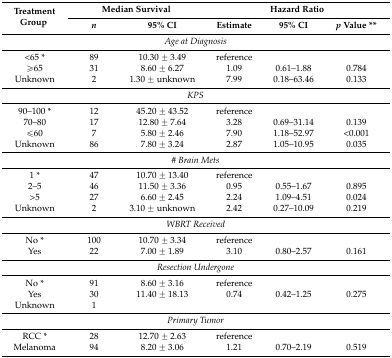
<table><thead><tr><td rowspan="2"><b>Treatment Group</b></td><td colspan="2"><b>Median Survival</b></td><td colspan="3"><b>Hazard Ratio</b></td></tr><tr><td><b><i>n</i></b></td><td><b>95% CI</b></td><td><b>Estimate</b></td><td><b>95% CI</b></td><td><b><i>p</i> Value **</b></td></tr></thead><tbody><tr><td colspan="6"><i>Age at Diagnosis</i></td></tr><tr><td>&lt;65 *</td><td>89</td><td>10.30 ± 3.49</td><td>reference</td><td></td><td></td></tr><tr><td>≥65</td><td>31</td><td>8.60 ± 6.27</td><td>1.09</td><td>0.61–1.88</td><td>0.784</td></tr><tr><td>Unknown</td><td>2</td><td>1.30 ± unknown</td><td>7.99</td><td>0.18–63.46</td><td>0.133</td></tr><tr><td colspan="6"><i>KPS</i></td></tr><tr><td>90–100 *</td><td>12</td><td>45.20 ± 43.52</td><td>reference</td><td></td><td></td></tr><tr><td>70–80</td><td>17</td><td>12.80 ± 7.64</td><td>3.28</td><td>0.69–31.14</td><td>0.139</td></tr><tr><td>≤60</td><td>7</td><td>5.80 ± 2.46</td><td>7.90</td><td>1.18–52.97</td><td>&lt;0.001</td></tr><tr><td>Unknown</td><td>86</td><td>7.80 ± 3.24</td><td>2.87</td><td>1.05–10.95</td><td>0.035</td></tr><tr><td colspan="6"><i># Brain Mets</i></td></tr><tr><td>1 *</td><td>47</td><td>10.70 ± 13.40</td><td>reference</td><td></td><td></td></tr><tr><td>2–5</td><td>46</td><td>11.50 ± 3.36</td><td>0.95</td><td>0.55–1.67</td><td>0.895</td></tr><tr><td>&gt;5</td><td>27</td><td>6.60 ± 2.45</td><td>2.24</td><td>1.09–4.51</td><td>0.024</td></tr><tr><td>Unknown</td><td>2</td><td>3.10 ± unknown</td><td>2.42</td><td>0.27–10.09</td><td>0.219</td></tr><tr><td colspan="6"><i>WBRT Received</i></td></tr><tr><td>No *</td><td>100</td><td>10.70 ± 3.34</td><td>reference</td><td></td><td></td></tr><tr><td>Yes</td><td>22</td><td>7.00 ± 1.89</td><td>3.10</td><td>0.80–2.57</td><td>0.161</td></tr><tr><td colspan="6"><i>Resection Undergone</i></td></tr><tr><td>No *</td><td>91</td><td>8.60 ± 3.16</td><td>reference</td><td></td><td></td></tr><tr><td>Yes</td><td>30</td><td>11.40 ± 18.13</td><td>0.74</td><td>0.42–1.25</td><td>0.275</td></tr><tr><td>Unknown</td><td>1</td><td></td><td></td><td></td><td></td></tr><tr><td colspan="6"><i>Primary Tumor</i></td></tr><tr><td>RCC *</td><td>28</td><td>12.70 ± 2.63</td><td>reference</td><td></td><td></td></tr><tr><td>Melanoma</td><td>94</td><td>8.20 ± 3.06</td><td>1.21</td><td>0.70–2.19</td><td>0.519</td></tr></tbody></table>